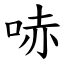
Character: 哧